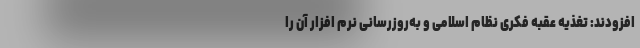
افزودند: تغذیه عقبه فکری نظام اسلامی و به‌روزرسانی نرم افزار آن را